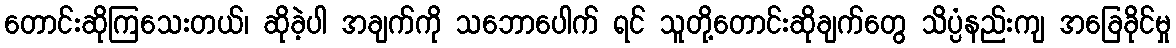
တောင်းဆိုကြသေးတယ်၊ ဆိုခဲ့ပါ အချက်ကို သဘောပေါက် ရင် သူတို့တောင်းဆိုချက်တွေ သိပ္ပံနည်းကျ အခြေခိုင်မှု